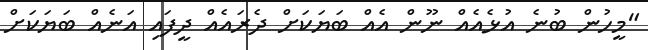
"މީހުން ބުނެ އުޅެއެއް ނޫން އެއް ބަޔަކަށް ދެރައެއް ދީފައި އަނެއް ބަޔަކަށް